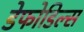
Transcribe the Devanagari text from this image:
डेफोडिल्स